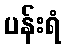
ပန်းရံ